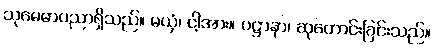
သုမေဓာပညာရှိသည်။ မယှံ၊ ငါ့အား။ ပဋ္ဌာနာ၊ ဆုတောင်းခြင်းသည်။